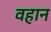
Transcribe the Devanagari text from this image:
वहान